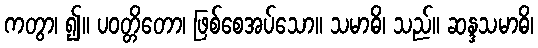
ကတွာ၊ ၍။ ပဝတ္တိတော၊ ဖြစ်စေအပ်သော။ သမာဓိ၊ သည်။ ဆန္ဒသမာဓိ၊